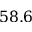
5 8 . 6